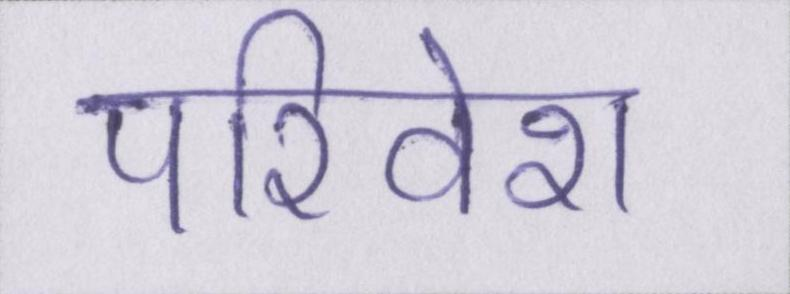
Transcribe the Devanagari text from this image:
परिवेश